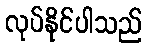
လုပ်နိုင်ပါသည်